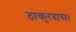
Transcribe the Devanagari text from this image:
ठाकुरदास।